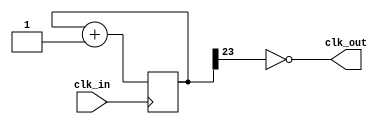
module rate_divider_quarter_second (
	output clk_out,
	input clk_in);
  /*
  Note: (5 * 10^7) / 4 = 1.25 * 10^6
  lg(1.25*10^6) ~= 23.6 ~= 24
  */
  // 24-bit register - should be initialized to 0 by default.

  localparam START_VAL = 1'd0;

  reg [23:0] counter;

  always @ (posedge clk_in) begin
    counter = counter + 1'b1;
  end

  assign clk_out = counter[23] == START_VAL;

endmodule